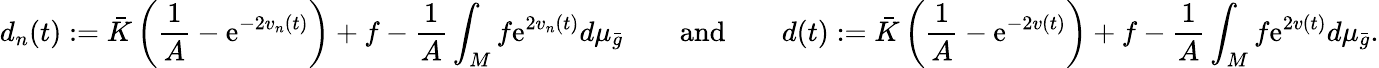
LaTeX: d_{n}(t):=\bar{K}\left(\frac 1A-\mathrm{e}^{-2v_{n}(t)}\right)+f-\frac 1A\int_{M}f\mathrm{e}^{2v_{n}(t)}d\mu_{\bar{g}}\qquad\mathrm{and}\qquad d(t):=\bar{K}\left(\frac 1A-\mathrm{e}^{-2v(t)}\right)+f-\frac 1A\int_{M}f\mathrm{e}^{2v(t)}d\mu_{\bar{g}}.